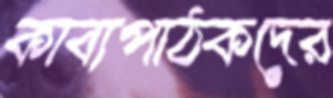
কাব্যপাঠকদের